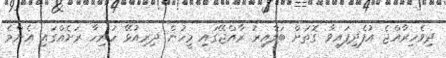
ދިވެހިރާއްޖެ އުފެދިފައިވާ ގޮތަށް ބަލާއިރު ރާއްޖޭގައި މީހުން ދިރިއުޅޭ ހުރިހާ ރަށެއްގައި އެންމެ